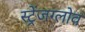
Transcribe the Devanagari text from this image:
स्ट्रेंजग्लोव